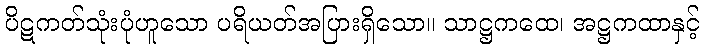
ပိဋကတ်သုံးပုံဟူသော ပရိယတ်အပြားရှိသော။ သာဋ္ဌကထေ၊ အဋ္ဌကထာနှင့်